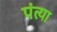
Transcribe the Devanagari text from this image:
पंत्या